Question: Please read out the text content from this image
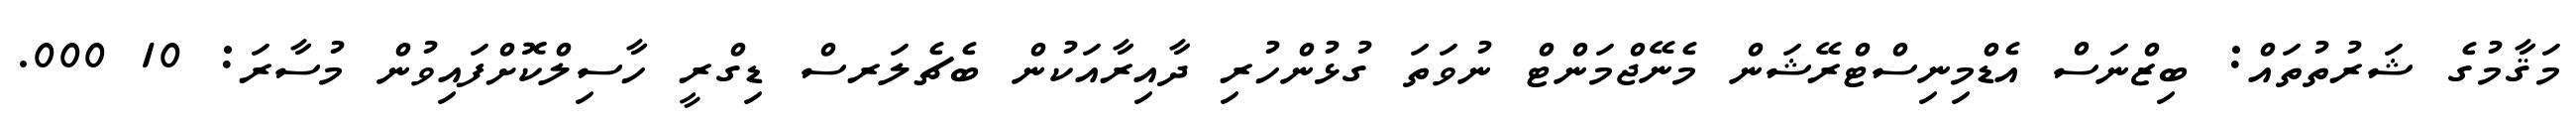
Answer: މަޤާމުގެ ޝަރުތުތައް: ބިޒްނަސް އެޑްމިނިސްޓްރޭޝަން މެނޭޖްމަންޓް ނުވަތަ ގުޅުންހުރި ދާއިރާއަކުން ބެޗެލަރސް ޑިގްރީ ހާސިލްކޮށްފައިވުން މުސާރަ: 10 000.